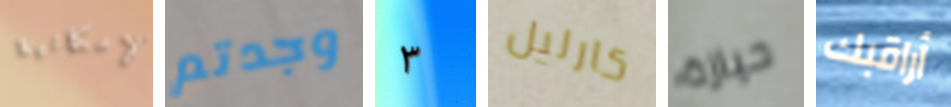
الإمكانية وجدتم ٣ كارليل حيازة أراقبك